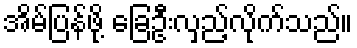
အိမ်ပြန်ဖို့ ခြေဦးလှည့်လိုက်သည်။